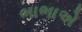
ભાભાએ